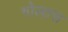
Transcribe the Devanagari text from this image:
गोलास